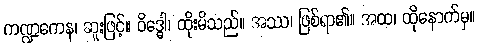
ကဏ္ဍကေန၊ ဆူးဖြင့်။ ဝိဒ္ဓေါ၊ ထိုးမိသည်။ အဿ၊ ဖြစ်ရာ၏။ အထ၊ ထိုနောက်မှ။